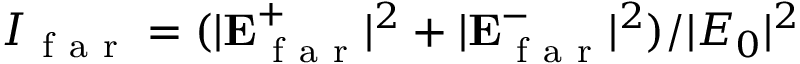
I _ { \mathrm { ~ f ~ a ~ r ~ } } = ( | \mathbf { E } _ { \mathrm { ~ f ~ a ~ r ~ } } ^ { + } | ^ { 2 } + | \mathbf { E } _ { \mathrm { ~ f ~ a ~ r ~ } } ^ { - } | ^ { 2 } ) / | E _ { 0 } | ^ { 2 }